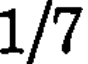
1/7